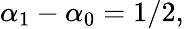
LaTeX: \alpha_{1}-\alpha_{0}=1/2,